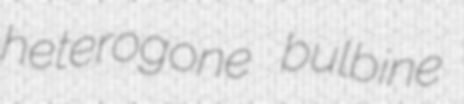
heterogone bulbine